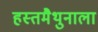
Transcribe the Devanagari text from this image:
हस्तमैथुनाला